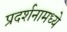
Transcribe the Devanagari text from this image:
प्रदर्शनामध्ये